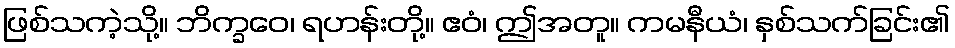
ဖြစ်သကဲ့သို့။ ဘိက္ခဝေ၊ ရဟန်းတို့။ ဧဝံ၊ ဤအတူ။ ကမနီယံ၊ နှစ်သက်ခြင်း၏